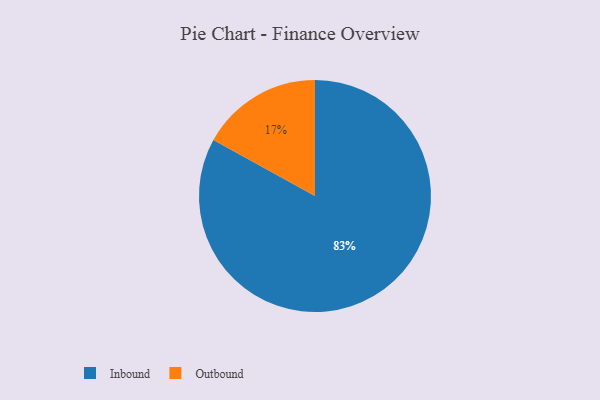
{"axis": {"x": "Category", "y": "Percentage"}, "legend": ["Inbound", "Outbound"], "data": [{"x": "Outbound", "y": 17, "type": "Outbound"}, {"x": "Inbound", "y": 83, "type": "Inbound"}]}